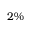
2 \%